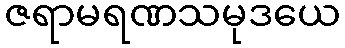
ဇရာမရဏသမုဒယေ